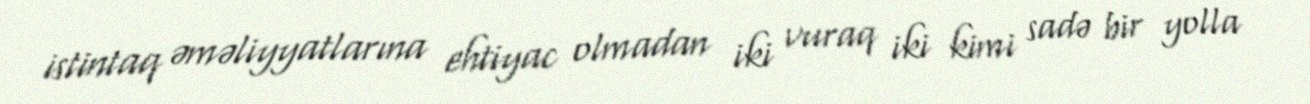
istintaq əməliyyatlarına ehtiyac olmadan iki vuraq iki kimi sadə bir yolla